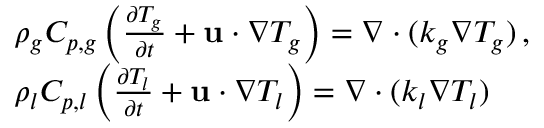
\begin{array} { r l } & { \rho _ { g } C _ { p , g } \left( \frac { \partial T _ { g } } { \partial t } + \mathbf { u } \cdot \nabla T _ { g } \right) = \nabla \cdot ( k _ { g } \nabla T _ { g } ) \, , \, } \\ & { \rho _ { l } C _ { p , l } \left( \frac { \partial T _ { l } } { \partial t } + \mathbf { u } \cdot \nabla T _ { l } \right) = \nabla \cdot ( k _ { l } \nabla T _ { l } ) \, } \end{array}